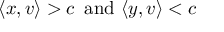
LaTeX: \langle x , v \rangle > c \, { \mathrm { ~ a n d ~ } } \langle y , v \rangle < c